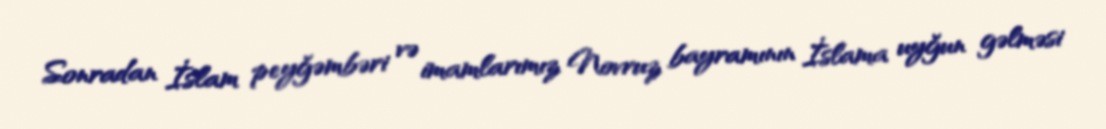
Sonradan İslam peyğəmbəri və imamlarımız Novruz bayramının İslama uyğun gəlməsi